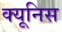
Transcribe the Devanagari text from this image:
क्यूनिस